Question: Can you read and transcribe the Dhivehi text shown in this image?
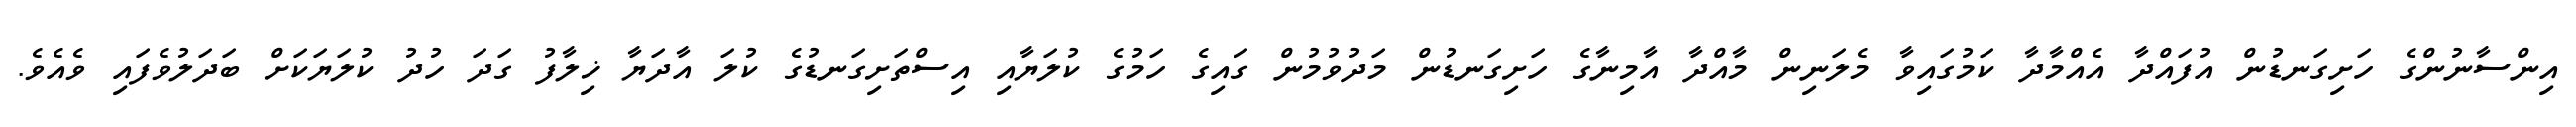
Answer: އިންސާނުންގެ ހަށިގަނޑުން އުފައްދާ އެއްމާދާ ކަމުގައިވާ މެލަނިން މާއްދާ އާމިނާގެ ހަށިގަނޑުން މަދުވުމުން ގައިގެ ހަމުގެ ކުލަޔާއި އިސްތަށިގަނޑުގެ ކުލަ އާދަޔާ ޚިލާފު ގަދަ ހުދު ކުލަޔަކަށް ބަދަލުވެފައި ވެއެވެ.